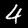
Digit: 4